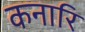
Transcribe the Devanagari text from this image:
कनारि